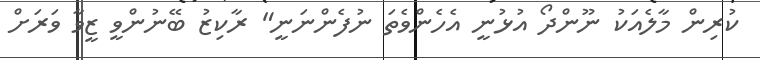
ކުރިން މާލެއަކު ނޫންދޯ އުޅުނީ އެހެންވެތަ ނުފެންނަނީ" ރާކިޒު ބޭނުންވީ ޒީވާ ވަރަށް